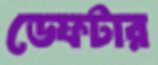
ডেফটার